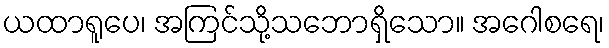
ယထာရူပေ၊ အကြင်သို့သဘောရှိသော။ အဂေါစရေ၊